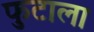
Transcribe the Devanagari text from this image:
फुटाला